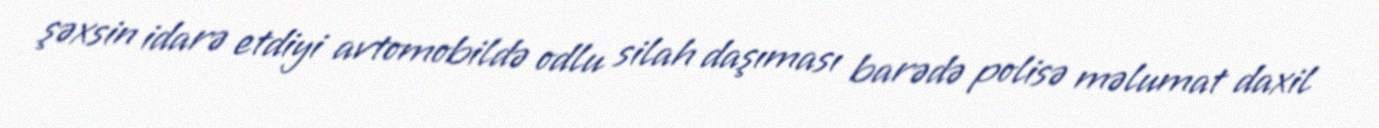
şəxsin idarə etdiyi avtomobildə odlu silah daşıması barədə polisə məlumat daxil